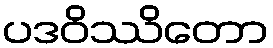
ပဒဝိဿိတော